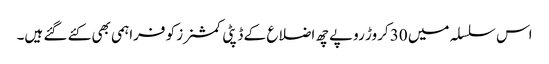
اس سلسلہ میں 30 کروڑ روپے چھ اضلاع کے ڈپٹی کمشنرز کو فراہمی بھی کئے گئے ہیں۔